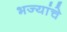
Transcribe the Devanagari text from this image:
भज्यांचे